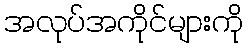
အလုပ်အကိုင်များကို